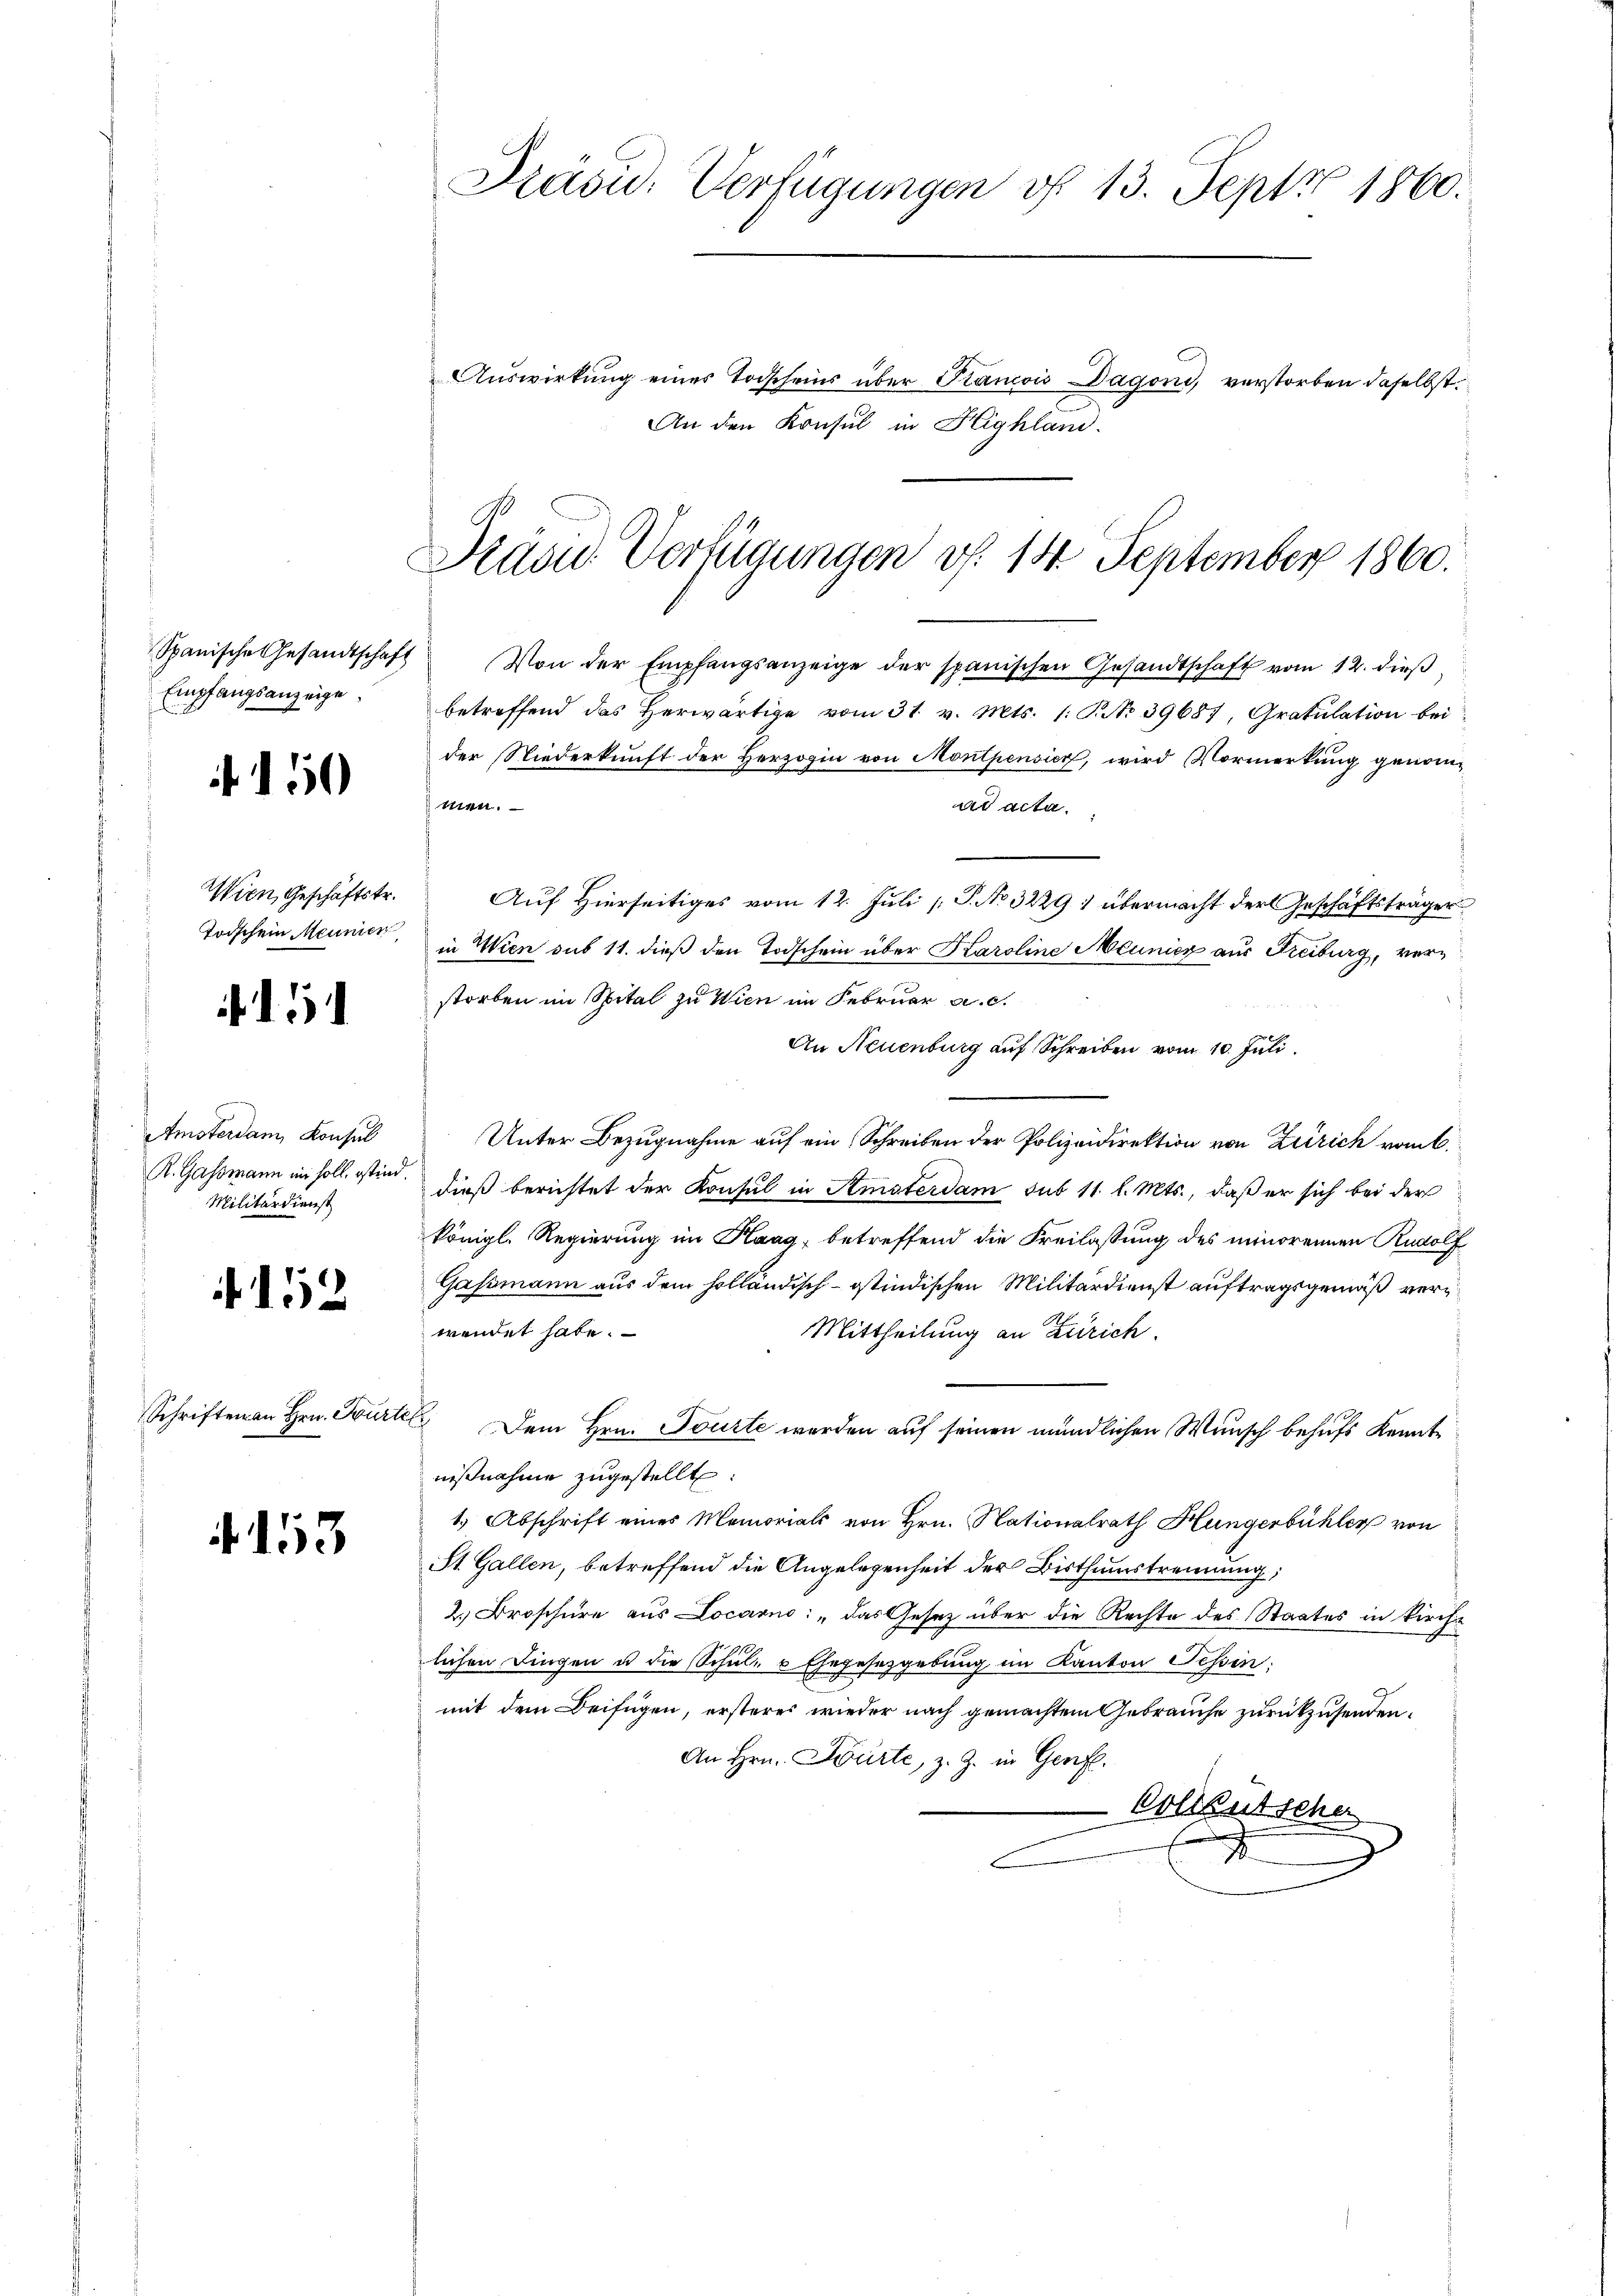
Spanische Gesandtschaf
Empfangsanzeige.

15

Wien, Geschäftstr.
Toischein Meunien

Amsterdam Konsul
R. Gassmann in soll, sind.
Militärdienst

152

Schriften an Hrn. Fürte

4. 153

Präsid. Verfügungen vf 13. Sept 1860.

Auswirkung eines Todscheins über Plancois Dagoni, verstorben daselbst.
2
An den Konsul in Highland.

Präsu. Verfügungen v. 14 September 1860.

Von der Empfangsanzeige der spanischen Gesandtschaft vom 12. dieß
betreffend das Herwärtige vom 31. v. Mts. 1. P. No 39687, Gratulation bei
der Niederkunft der Herzogin von Montpensicz, wird Vormerkung genommen.
ad acta.
Auf Hierseitiges vom 12. Juli [P. No 3229 übermacht der Geschäftsträger
in Wien sub 11. dieß den Todschein über Karoline Municz aus Freiburg, verstorben im Spital zu Wien im Februar a. c.
An Neuenburg auf Schreiben vom 10. Juli
Unter Bezugnahme auf ein Schreiben der Polizeidirektion von Zürich vom 6.
dieß berichtet der Konsul in Amsterdam sub 11. l. Mts., daß er sich bei der
königl. Regierung im Haag, betreffend die Freilassung des minorennen Rudolf
Gassmann aus dem holländisch-Ostindischen Militärdienst auftragsgemäß verwendet habe.
Mittheilung an Zürich.
 Dem Hrn. Tourte werden auf seinen mündlichen Wunsch behufs Kenntnißnahme zugestellt:
1.) Abschrift eines Memorials von Hrn. Nationalrath Hungerbühler von
St. Gallen, betreffend die Angelegenheit der Bisthumstrennung;
2. Broschüre aus Locarno: „das Gesetz über die Rechte des Staates in kirche
lichen Dingen u die Schul- & Ehegesetzgebung im Kanton Tessin:
mit dem Beifügen, ersteres wieder nach gemachtem Gebrauche zurückzusenden.
An Hrn. Würte, z. Z. in Genf.
Vollkutscher
f